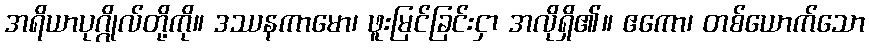
အရိယာပုဂ္ဂိုလ်တို့ကို။ ဒဿနကာမော၊ ဖူးမြင်ခြင်းငှာ အလိုရှိ၏။ ဧကော၊ တစ်ယောက်သော